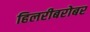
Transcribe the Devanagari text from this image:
हिलरीबरोबर